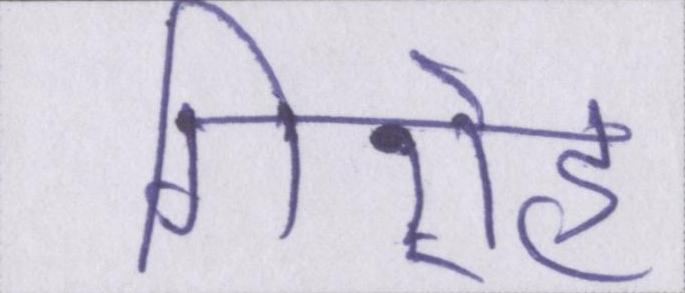
गिरोह